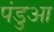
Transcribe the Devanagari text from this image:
पंडुआ